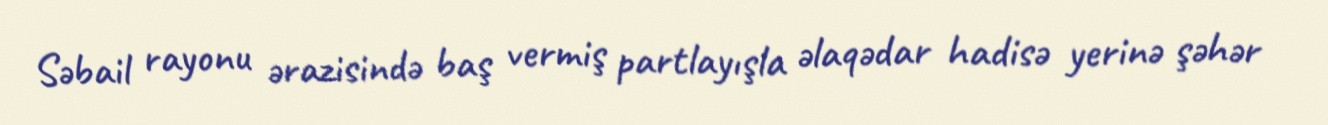
Səbail rayonu ərazisində baş vermiş partlayışla əlaqədar hadisə yerinə şəhər